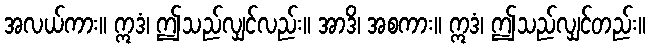
အလယ်ကား။ ဣဒံ၊ ဤသည်လျှင်လည်း။ အာဒိ၊ အစကား။ ဣဒံ၊ ဤသည်လျှင်တည်း။